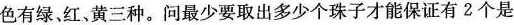
色有绿、红、黄三种。问最少要取出多少个珠子才能保证有2个是